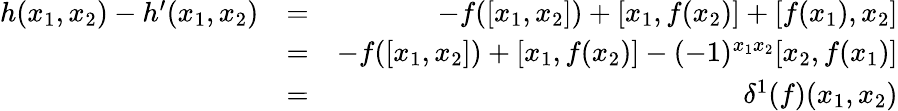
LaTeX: \begin{array}{rlr}{h(x_{1},x_{2})-h^{\prime}(x_{1},x_{2})}&{=}&{-f([x_{1},x_{2}])+[x_{1},f(x_{2})]+[f(x_{1}),x_{2}]}\\ &{=}&{-f([x_{1},x_{2}])+[x_{1},f(x_{2})]-(-1)^{x_{1}x_{2}}[x_{2},f(x_{1})]}\\ &{=}&{\delta^{1}(f)(x_{1},x_{2})}\end{array}